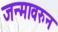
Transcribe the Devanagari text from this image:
जन्मावरुन